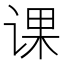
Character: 课